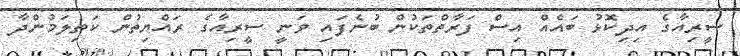
ސީރިއާގެ އިދިކޮޅު ބައެއް އިސް ފަރާތްތަކުން ބުނެފައި ވަނީ ސީރިއާގެ ރައްޔިތުން ކަތިލަމުންދާ